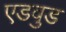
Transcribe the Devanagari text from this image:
एडवुड